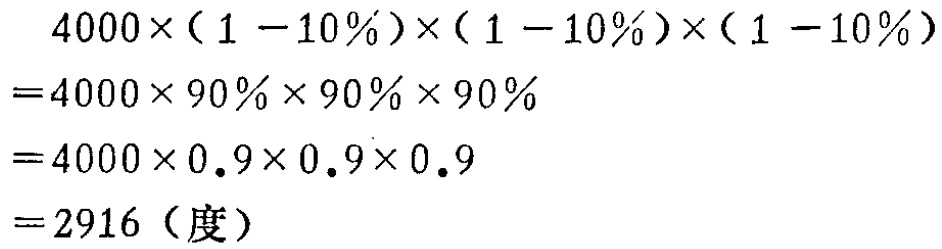
\[

\begin{align*}

&4000\times(1 - 10\%)\times(1 - 10\%)\times(1 - 10\%)\\

=&4000\times90\%\times90\%\times90\%\\

=&4000\times0.9\times0.9\times0.9\\

=&2916 (\text{度})

\end{align*}

\]